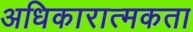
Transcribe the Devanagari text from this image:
अधिकारात्मकता